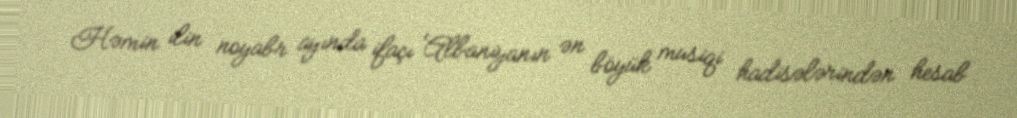
Həmin ilin noyabr ayında ifaçı Albaniyanın ən böyük musiqi hadisələrindən hesab